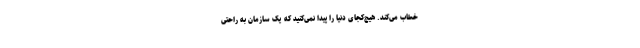
خطاب می‌کند. هیچ‌کجای دنیا را پیدا نمی‌کنید که یک سازمان به راحتی